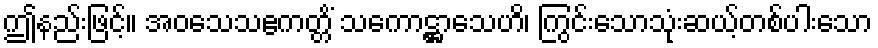
ဤနည်းဖြင့်။ အဝသေသဧကတ္တိံ သကောဋ္ဌာသေဟိ၊ ကြွင်းသောသုံးဆယ့်တစ်ပါးသော